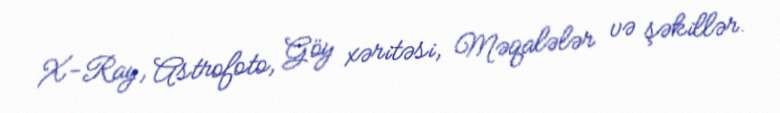
X-Ray, Astrofoto, Göy xəritəsi, Məqalələr və şəkillər.